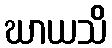
ဃာယသိ